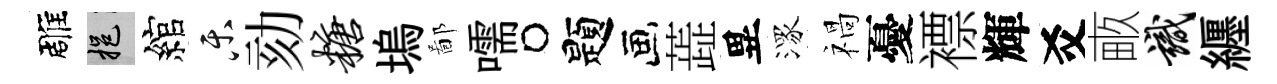
雕挹綰乐劾糖塢鄙嚅题蕋異潈禍憂褾輝爻畞識纒